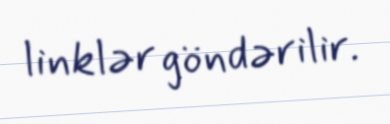
linklər göndərilir.